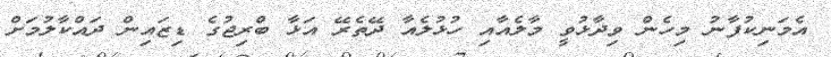
އެމަނިކުފާނު މިހެން ވިދާޅުވީ މާލެއާއި ހުޅުލެއާ ދޭތެރޭ އަޅާ ބްރިޖުގެ ޑިޒައިން ދައްކާލުމަށް